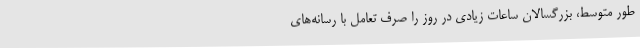
طور متوسط، بزرگسالان ساعات زیادی در روز را صرف تعامل با رسانه‌های